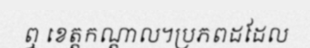
ឮ ខេត្តកណ្តាល។ប្រភពដដែល